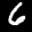
Label: 6